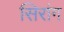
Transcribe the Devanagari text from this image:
सिरांग